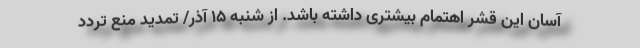
آسان این قشر اهتمام بیشتری داشته باشد. از شنبه 15 آذر/ تمدید منع تردد